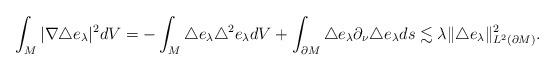
LaTeX: \begin{align*}\int_M|\nabla\triangle e_\lambda|^2dV=-\int_M\triangle e_\lambda\triangle^2 e_\lambda dV+\int_{\partial M}\triangle e_\lambda\partial_\nu\triangle e_\lambda ds\lesssim\lambda\|\triangle e_\lambda\|_{L^2(\partial M)}^2.\end{align*}